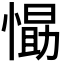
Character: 𭞛